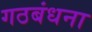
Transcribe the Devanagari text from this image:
गठबंधना